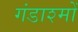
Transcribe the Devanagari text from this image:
गंडाश्मों